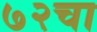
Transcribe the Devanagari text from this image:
७२चा